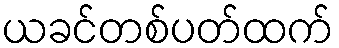
ယခင်တစ်ပတ်ထက်